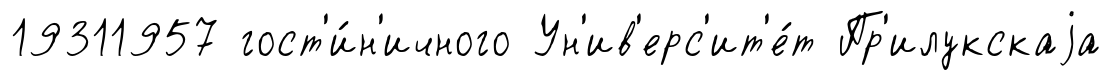
19311957 гост'и́н'ичного Ун'ив'ерс'ит'е́т Пр'илукскаjа